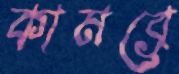
কামব্রে